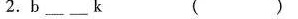
2.b______k ( )